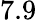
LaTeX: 7.9